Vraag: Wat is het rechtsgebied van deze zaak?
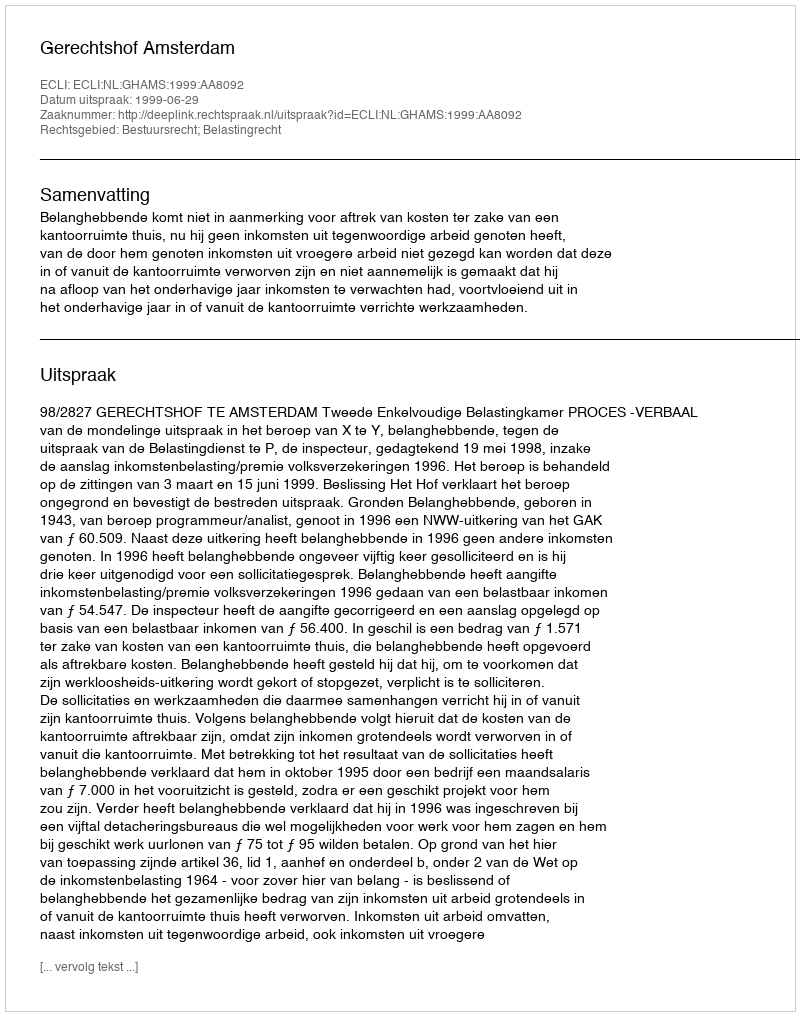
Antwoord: Bestuursrecht; Belastingrecht